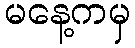
မနေ့ကမှ